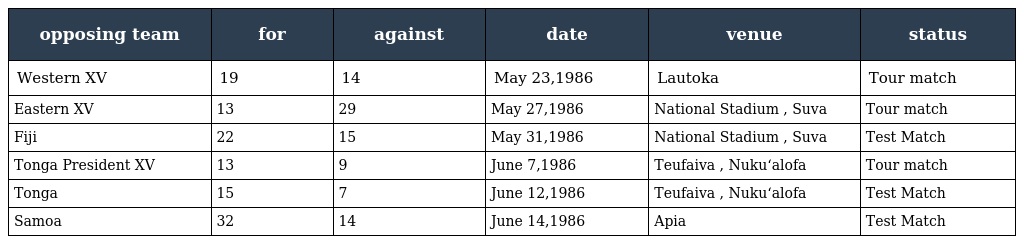
| opposing team | for | against | date | venue | status |
 | --- | --- | --- | --- | --- | --- |
 | Western XV | 19 | 14 | May 23,1986 | Lautoka | Tour match |
 | Eastern XV | 13 | 29 | May 27,1986 | National Stadium , Suva | Tour match |
 | Fiji | 22 | 15 | May 31,1986 | National Stadium , Suva | Test Match |
 | Tonga President XV | 13 | 9 | June 7,1986 | Teufaiva , Nukuʻalofa | Tour match |
 | Tonga | 15 | 7 | June 12,1986 | Teufaiva , Nukuʻalofa | Test Match |
 | Samoa | 32 | 14 | June 14,1986 | Apia | Test Match |